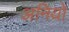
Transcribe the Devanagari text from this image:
अनियों